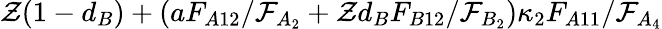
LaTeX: \mathcal{Z}(1-d_{B})+(aF_{A12}/\mathcal{F}_{A_{2}}+\mathcal{Z}d_{B}F_{B12}/\mathcal{F}_{B_{2}})\kappa_{2}F_{A11}/\mathcal{F}_{A_{4}}